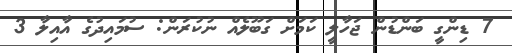
7 ޑިންގީ ބަންޑުން ޖަހާލީ ކަމަށް ގަބޫލެއް ނުކުރަން: ސުމައިދުގެ އާއިލާ 3